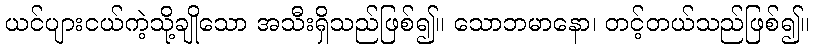
ယင်ပျားငယ်ကဲ့သို့ချိုသော အသီးရှိသည်ဖြစ်၍။ သောဘမာနော၊ တင့်တယ်သည်ဖြစ်၍။